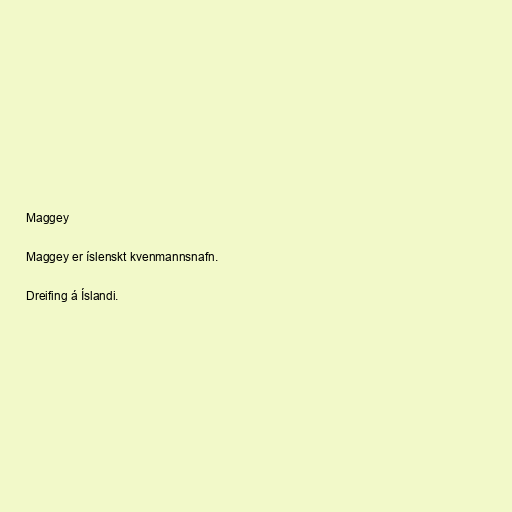
Maggey

Maggey er íslenskt kvenmannsnafn.

Dreifing á Íslandi.